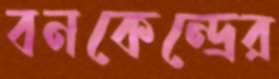
বনকেন্দ্রের